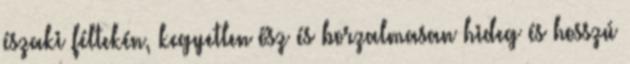
északi féltekén, kegyetlen ősz és borzalmasan hideg és hosszú